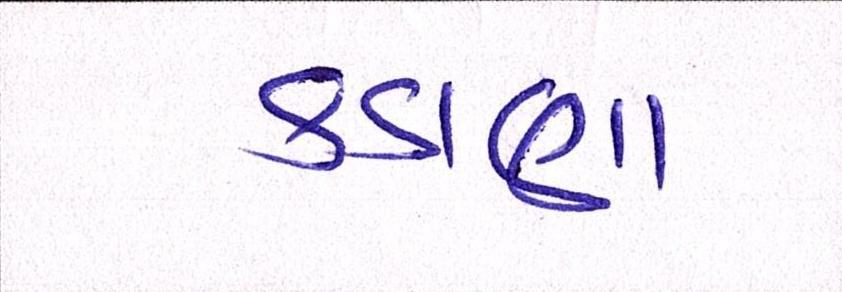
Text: કડાણા